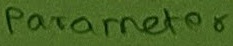
Text: Parameter